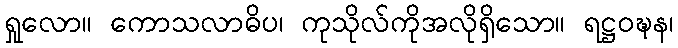
ရှုလော။ ကောသလာဓိပ၊ ကုသိုလ်ကိုအလိုရှိသော။ ရဋ္ဌဝဍ္ဎန၊